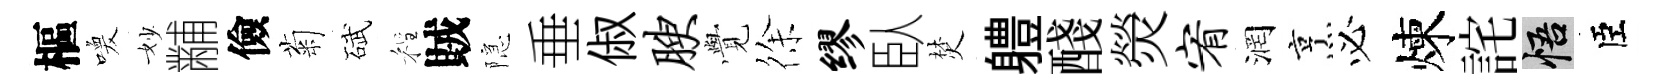
樞喚妙黼儉菊碔程賊隠垂俶腴𮗜徐缪臥焚軆醆熒宥润烹必煉詫悟臣